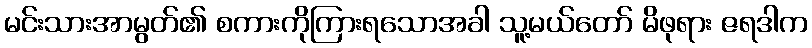
မင်းသားအာမွတ်၏ စကားကိုကြားရသောအခါ သူ့မယ်တော် မိဖုရား ဇရဒါက